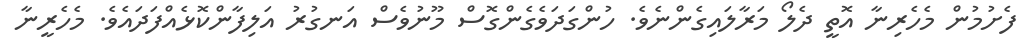
ފެށުމުން މެހެރިނާ އޮތީ ދެލޯ މަރާލައިގެންނެވެ. ހުންގަދަވެގެންގޮސް މޫނުވެސް އަނގުރު އަލިފާންކޮޅެއްފަދައެވެ. މެހެރީނާ